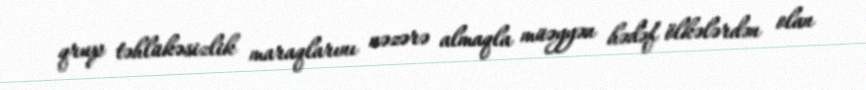
qrup təhlükəsizlik maraqlarını nəzərə almaqla müəyyən hədəf ölkələrdən olan